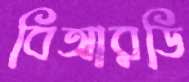
বিআরডি